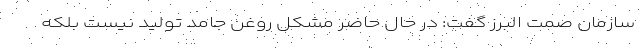
سازمان صمت البرز گفت: در حال حاضر مشکل روغن جامد تولید نیست بلکه